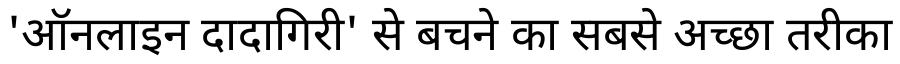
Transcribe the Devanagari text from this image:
'ऑनलाइन दादागिरी' से बचने का सबसे अच्छा तरीका